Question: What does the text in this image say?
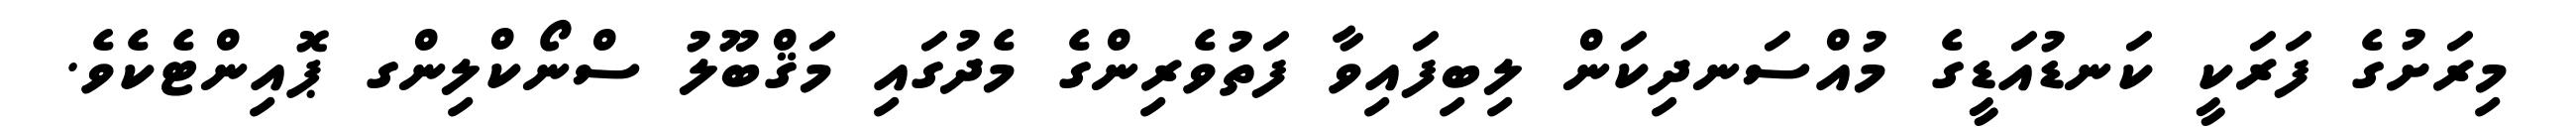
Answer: މިރަށުގެ ފަރަކީ ކަނޑުއަޑީގެ މުއްސަނދިކަން ލިބިފައިވާ ފަތުވެރިންގެ މެދުގައި މަޤްބޫލު ސްނޯކްލިންގ ޕޮއިންޓެކެވެ.